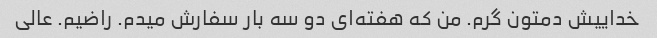
خداییش دمتون گرم. من که هفته‌ای دو سه بار سفارش میدم. راضیم. عالی